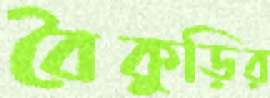
বৈকুড়ির